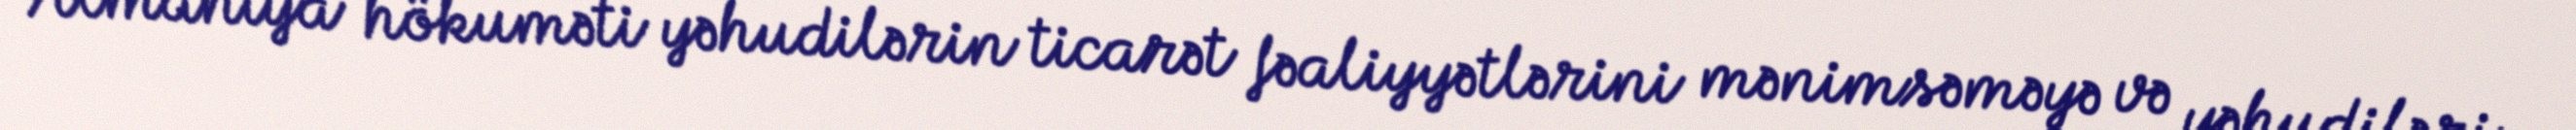
Almaniya hökuməti yəhudilərin ticarət fəaliyyətlərini mənimsəməyə və yəhudiləri